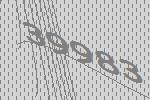
39983